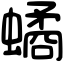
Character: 𧑐